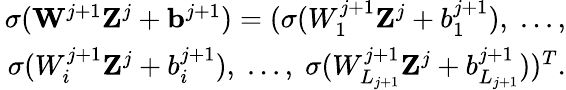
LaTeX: \begin{array}{r}{\sigma(\mathbf{W}^{j+1}\mathbf{Z}^{j}+\mathbf{b}^{j+1})=(\sigma(W_{1}^{j+1}\mathbf{Z}^{j}+b_{1}^{j+1}),\; ...,}\\ {\; \sigma(W_{i}^{j+1}\mathbf{Z}^{j}+b_{i}^{j+1}),\; ...,\; \sigma(W_{L_{j+1}}^{j+1}\mathbf{Z}^{j}+b_{L_{j+1}}^{j+1}))^{T}.}\end{array}